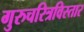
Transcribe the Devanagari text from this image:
गुरुचरित्रविस्तार